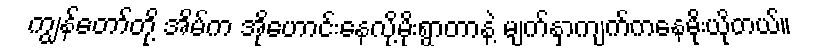
ကျွန်တော်တို့ အိမ်က အိုဟောင်းနေလို့မိုးရွာတာနဲ့ မျက်နှာကျက်ကနေမိုးယိုတယ်။